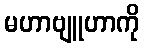
မဟာဗျူဟာကို